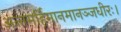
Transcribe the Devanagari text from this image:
अन्तमर्हिमानमानञ्जधीरः।